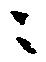
ニ